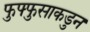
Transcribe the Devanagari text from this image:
फुफ्फुसाकडुन